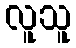
လူသူ